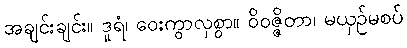
အချင်းချင်း။ ဒူရံ၊ ဝေးကွာလှစွာ။ ဝိဝဇ္ဇိတာ၊ မယှဉ်မစပ်